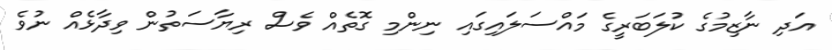
އަދި ނާޒިމުގެ ކުލަބަރީގެ މައްސަލައިގައި ނިންމި ގޮތެއް ވެސް ރިޔާސަތުން ވިދާޅެއް ނުވެ